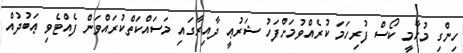
ހިންގި މުހާމީ ކޯސް ފުރިހަމަ ކުރެއްވުމަށްފަހު ޝަރުޢީ ދާއިރާގައި މަސައްކަތްކުރައްވަން ފެއްޓެވި ޢަބުދުއް